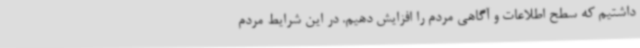
داشتیم که سطح اطلاعات و آگاهی مردم را افزایش دهیم. در این شرایط مردم